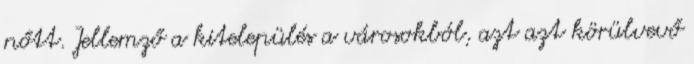
nőtt. Jellemző a kitelepülés a városokból, azt azt körülvevő